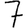
Digit: 7